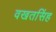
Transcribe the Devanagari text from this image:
वखतसिंह